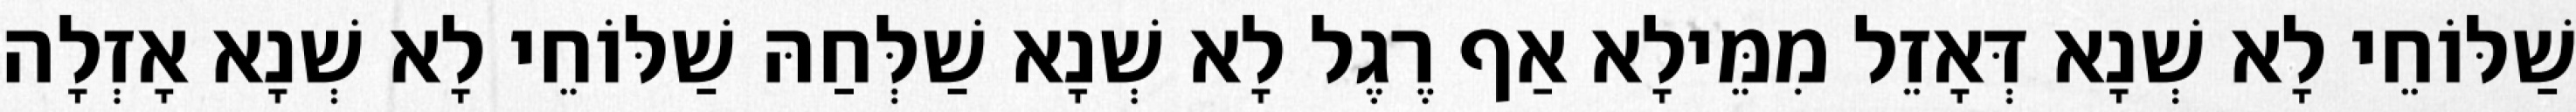
שַׁלּוֹחֵי לָא שְׁנָא דְּאָזֵל מִמֵּילָא אַף רֶגֶל לָא שְׁנָא שַׁלְּחַהּ שַׁלּוֹחֵי לָא שְׁנָא אָזְלָה